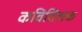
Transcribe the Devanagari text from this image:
कवितिलक